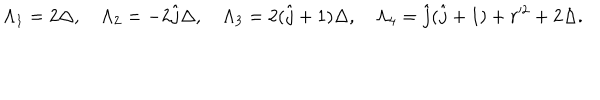
LaTeX: \Lambda _ { 1 } = 2 \Delta , \quad \Lambda _ { 2 } = - 2 \hat { j } \Delta , \quad \Lambda _ { 3 } = 2 ( \hat { j } + 1 ) \Delta , \quad \Lambda _ { 4 } = \hat { j } ( \hat { j } + 1 ) + r ^ { 2 } + 2 \Delta .